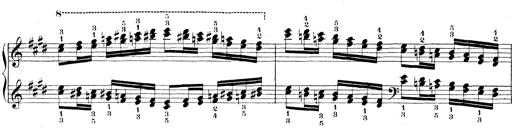
Title: Technische Studien
Composer: Franz Liszt